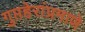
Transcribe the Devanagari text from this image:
गुप्तहेरांप्रमाणे